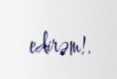
edirəm!.